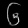
Digit: ၆